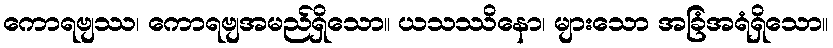
ကောရဗျဿ၊ ကောရဗျအမည်ရှိသော။ ယသဿိနော၊ များသော အခြံအရံရှိသော။